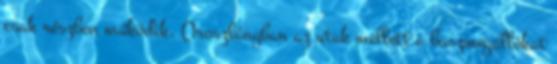
csak részben működik, Oroszlányban az utak mellett a buszmegállókat